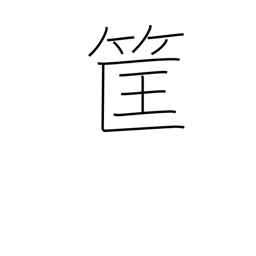
Meaning: bamboo basket